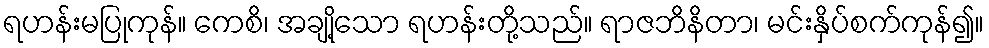
ရဟန်းမပြုကုန်။ ကေစိ၊ အချို့သော ရဟန်းတို့သည်။ ရာဇဘိနိတာ၊ မင်းနှိပ်စက်ကုန်၍။